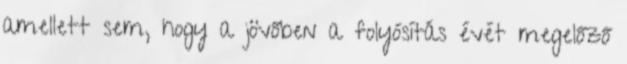
amellett sem, hogy a jövőben a folyósítás évét megelőző